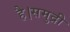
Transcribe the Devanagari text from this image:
है।समुद्री